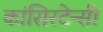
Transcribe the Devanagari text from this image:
कांसिस्टेन्सी